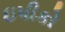
ઇપીકો